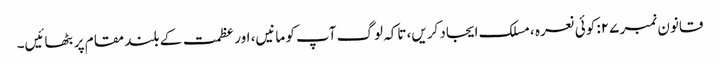
قانون نمبر ۲۷: کوئی نعرہ ، مسلک ایجاد کریں، تاکہ لوگ آپ کو مانیں، اور عظمت کے بلند مقام پر بٹھائیں۔